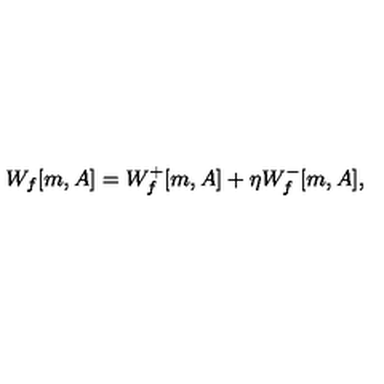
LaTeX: W _ { f } [ m , A ] = W _ { f } ^ { + } [ m , A ] + \eta W _ { f } ^ { - } [ m , A ] ,